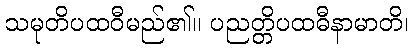
သမုတိပထဝီမည်၏။ ပညတ္တိပထဓီနာမာတိ၊